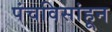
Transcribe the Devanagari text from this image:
पंचविसांहून